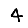
Digit: 4